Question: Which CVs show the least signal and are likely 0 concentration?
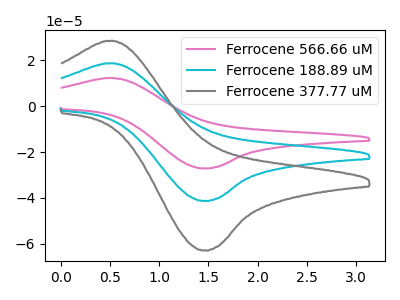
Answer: <think>The pink curve "Ferrocene 566.66 uM" has an anodic peak at (0.50V, 37.45uA) and a cathodic peak at (1.45V, -82.50uA). The cyan curve "Ferrocene 188.89 uM" has an anodic peak at (0.50V, 18.70uA) and a cathodic peak at (1.45V, -41.25uA). The gray curve "Ferrocene 377.77 uM" has an anodic peak at (0.50V, 28.50uA) and a cathodic peak at (1.45V, -62.80uA).</think>
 <answer>There are not any CV's on this graph that are likely to be blanks.</answer>
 <eval>none</eval>